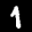
Label: 1